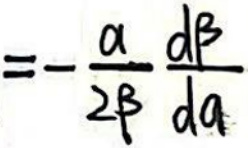
$= - \frac { a } { 2 \beta } \frac { d \beta } { d a }$